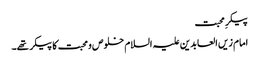
پیکرِ محبت
امام زیں العابدین علیہ السلام خلوص و محبت کا پیکر تھے۔